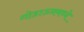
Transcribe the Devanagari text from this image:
गोडाऊनमध्ये